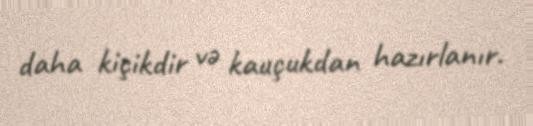
daha kiçikdir və kauçukdan hazırlanır.